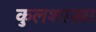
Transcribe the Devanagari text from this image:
कुलशाखा